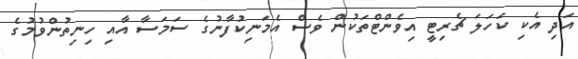
އަދި އެކި ކަހަލަ ޗެރިޓީ އިވެންޓްތަކުން ވެސް އެމަނިކުފާނުގެ ސަމަސާ އާއި ހިނިތުންވުމުގެ